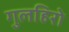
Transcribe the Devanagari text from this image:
गुलहिरो